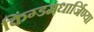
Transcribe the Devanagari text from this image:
किंग्डमधार्जिण्या